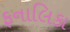
ફનાલિકા